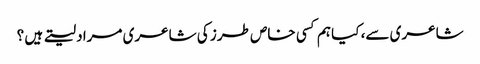
شاعری سے، کیا ہم کسی خاص طرز کی شاعری مراد لیتے ہیں ؟